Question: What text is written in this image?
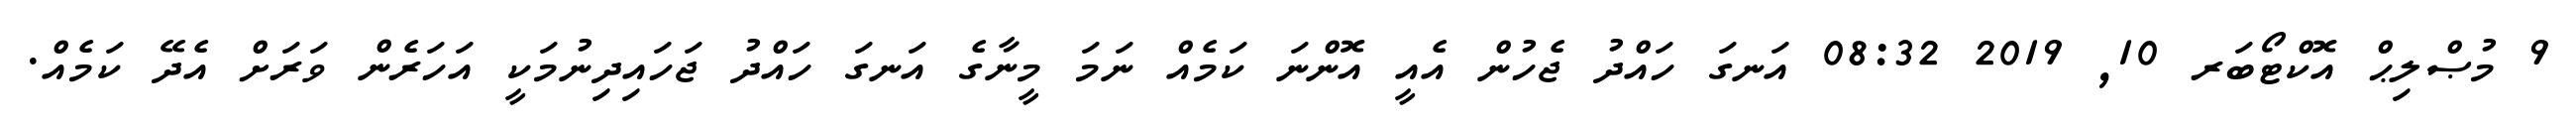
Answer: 9 މުޞްލިޙް އޮކްޓޯބަރ 10, 2019 08:32 އަނގަ ހައްދު ޖެހުން އެއީ އޮންނަ ކަމެއް ނަމަ މީނާގެ އަނގަ ހައްދު ޖަހައިދިނުމަކީ އަހަރެން ވަރަށް އެދޭ ކަމެއް.